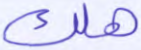
هلك